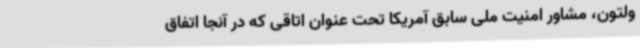
ولتون، مشاور امنیت ملی سابق آمریکا تحت عنوان اتاقی که در آنجا اتفاق